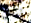
تردني